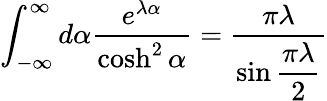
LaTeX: \int_{-\infty}^{\infty}d\alpha\frac{e^{\lambda\alpha}}{\cosh^{2}\alpha}=\frac{\pi\lambda}{\sin\displaystyle\frac{\pi\lambda}{2}}